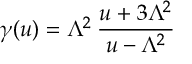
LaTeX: \gamma ( u ) = \Lambda ^ { 2 } \: \frac { u + 3 \Lambda ^ { 2 } } { u - \Lambda ^ { 2 } }